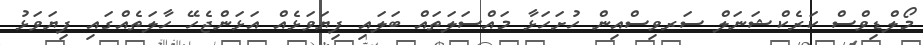
މޯލްޑިވްސް ކަރެކްޝަނަލް ސަރވިސްއިން ހުށަހަޅާ މައްސަލަތައް ބަލައި ފިޔަވަޅެއް އަޅަންޖެހޭ ހާލަތެއްގައި ފިޔަވަޅު